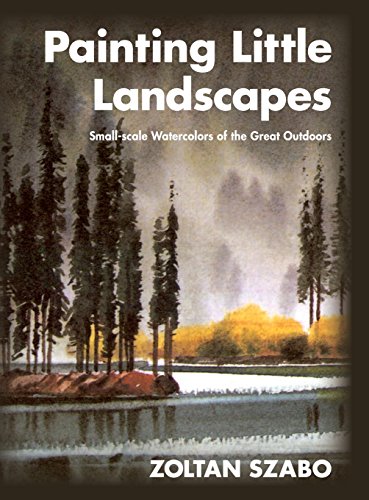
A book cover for Painting Little Landscapes: Small-scale Watercolors of the Great Outdoors; Zoltan Szabo; Arts & Photography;